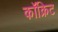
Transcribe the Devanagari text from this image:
कॉक्रिट